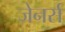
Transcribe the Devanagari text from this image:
जेनर्स